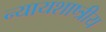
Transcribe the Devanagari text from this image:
न्यायशाष्त्रीय